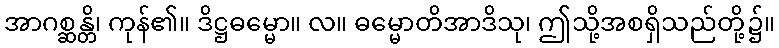
အာဂစ္ဆန္တိ၊ ကုန်၏။ ဒိဋ္ဌဓမ္မော။ လ။ ဓမ္မောတိအာဒိသု၊ ဤသို့အစရှိသည်တို့၌။